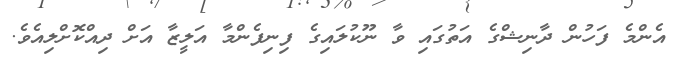
އެންމެ ފަހުން ދާނިޝްގެ އަތުގައި ވާ ނޫކުލައިގެ ފިނިފެންމާ އަލީޒާ އަށް ދިއްކޮށްލިއެވެ.